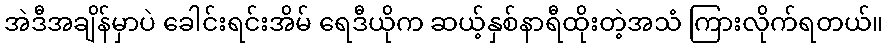
အဲဒီအချိန်မှာပဲ ခေါင်းရင်းအိမ် ရေဒီယိုက ဆယ့်နှစ်နာရီထိုးတဲ့အသံ ကြားလိုက်ရတယ်။